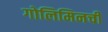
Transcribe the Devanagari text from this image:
गोलिमिनची